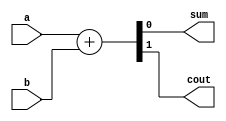
module hadd (
  input a,
  input b,
  output sum,
  output cout

);

  assign {cout, sum} = a+b;

endmodule